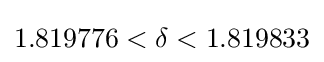
1.819776<\delta <1.819833